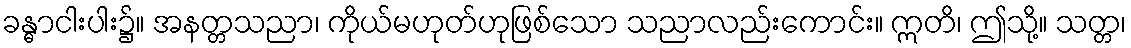
ခန္ဓာငါးပါး၌။ အနတ္တသညာ၊ ကိုယ်မဟုတ်ဟုဖြစ်သော သညာလည်းကောင်း။ ဣတိ၊ ဤသို့။ သတ္တ၊